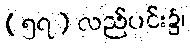
(၅၇) လည်ပင်း၌၊